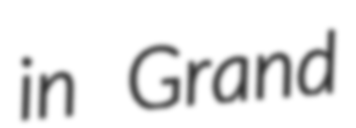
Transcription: in Grand